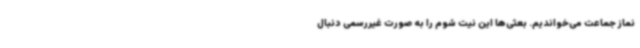
نماز جماعت می‌خواندیم. بعثی‌ها این نیت شوم را به صورت غیررسمی دنبال